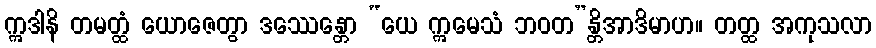
ဣဒါနိ တမတ္ထံ ယောဇေတွာ ဒဿေန္တော “ယေ ဣမေသံ ဘဝတ”န္တိအာဒိမာဟ။ တတ္ထ အကုသလာ